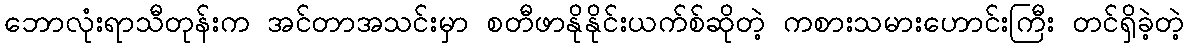
ဘောလုံးရာသီတုန်းက အင်တာအသင်းမှာ စတီဖာနိုနိုင်းယက်စ်ဆိုတဲ့ ကစားသမားဟောင်းကြီး တင်ရှိခဲ့တဲ့